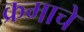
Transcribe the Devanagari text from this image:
क्रमाचे